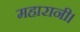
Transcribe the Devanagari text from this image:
महारानी।